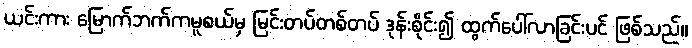
ယင်းကား မြောက်ဘက်ကမူစယ်မှ မြင်းတပ်တစ်တပ် ဒုန်းစိုင်း၍ ထွက်ပေါ်လာခြင်းပင် ဖြစ်သည်။